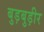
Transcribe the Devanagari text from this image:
बुड़बुड़ीर